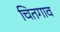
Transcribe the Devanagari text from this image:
चितगाव